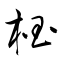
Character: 椢